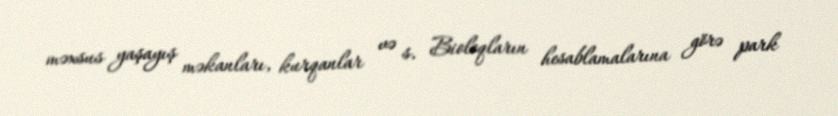
məxsus yaşayış məkanları, kurqanlar və s. Bioloqların hesablamalarına görə park